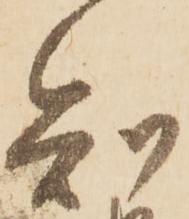
知